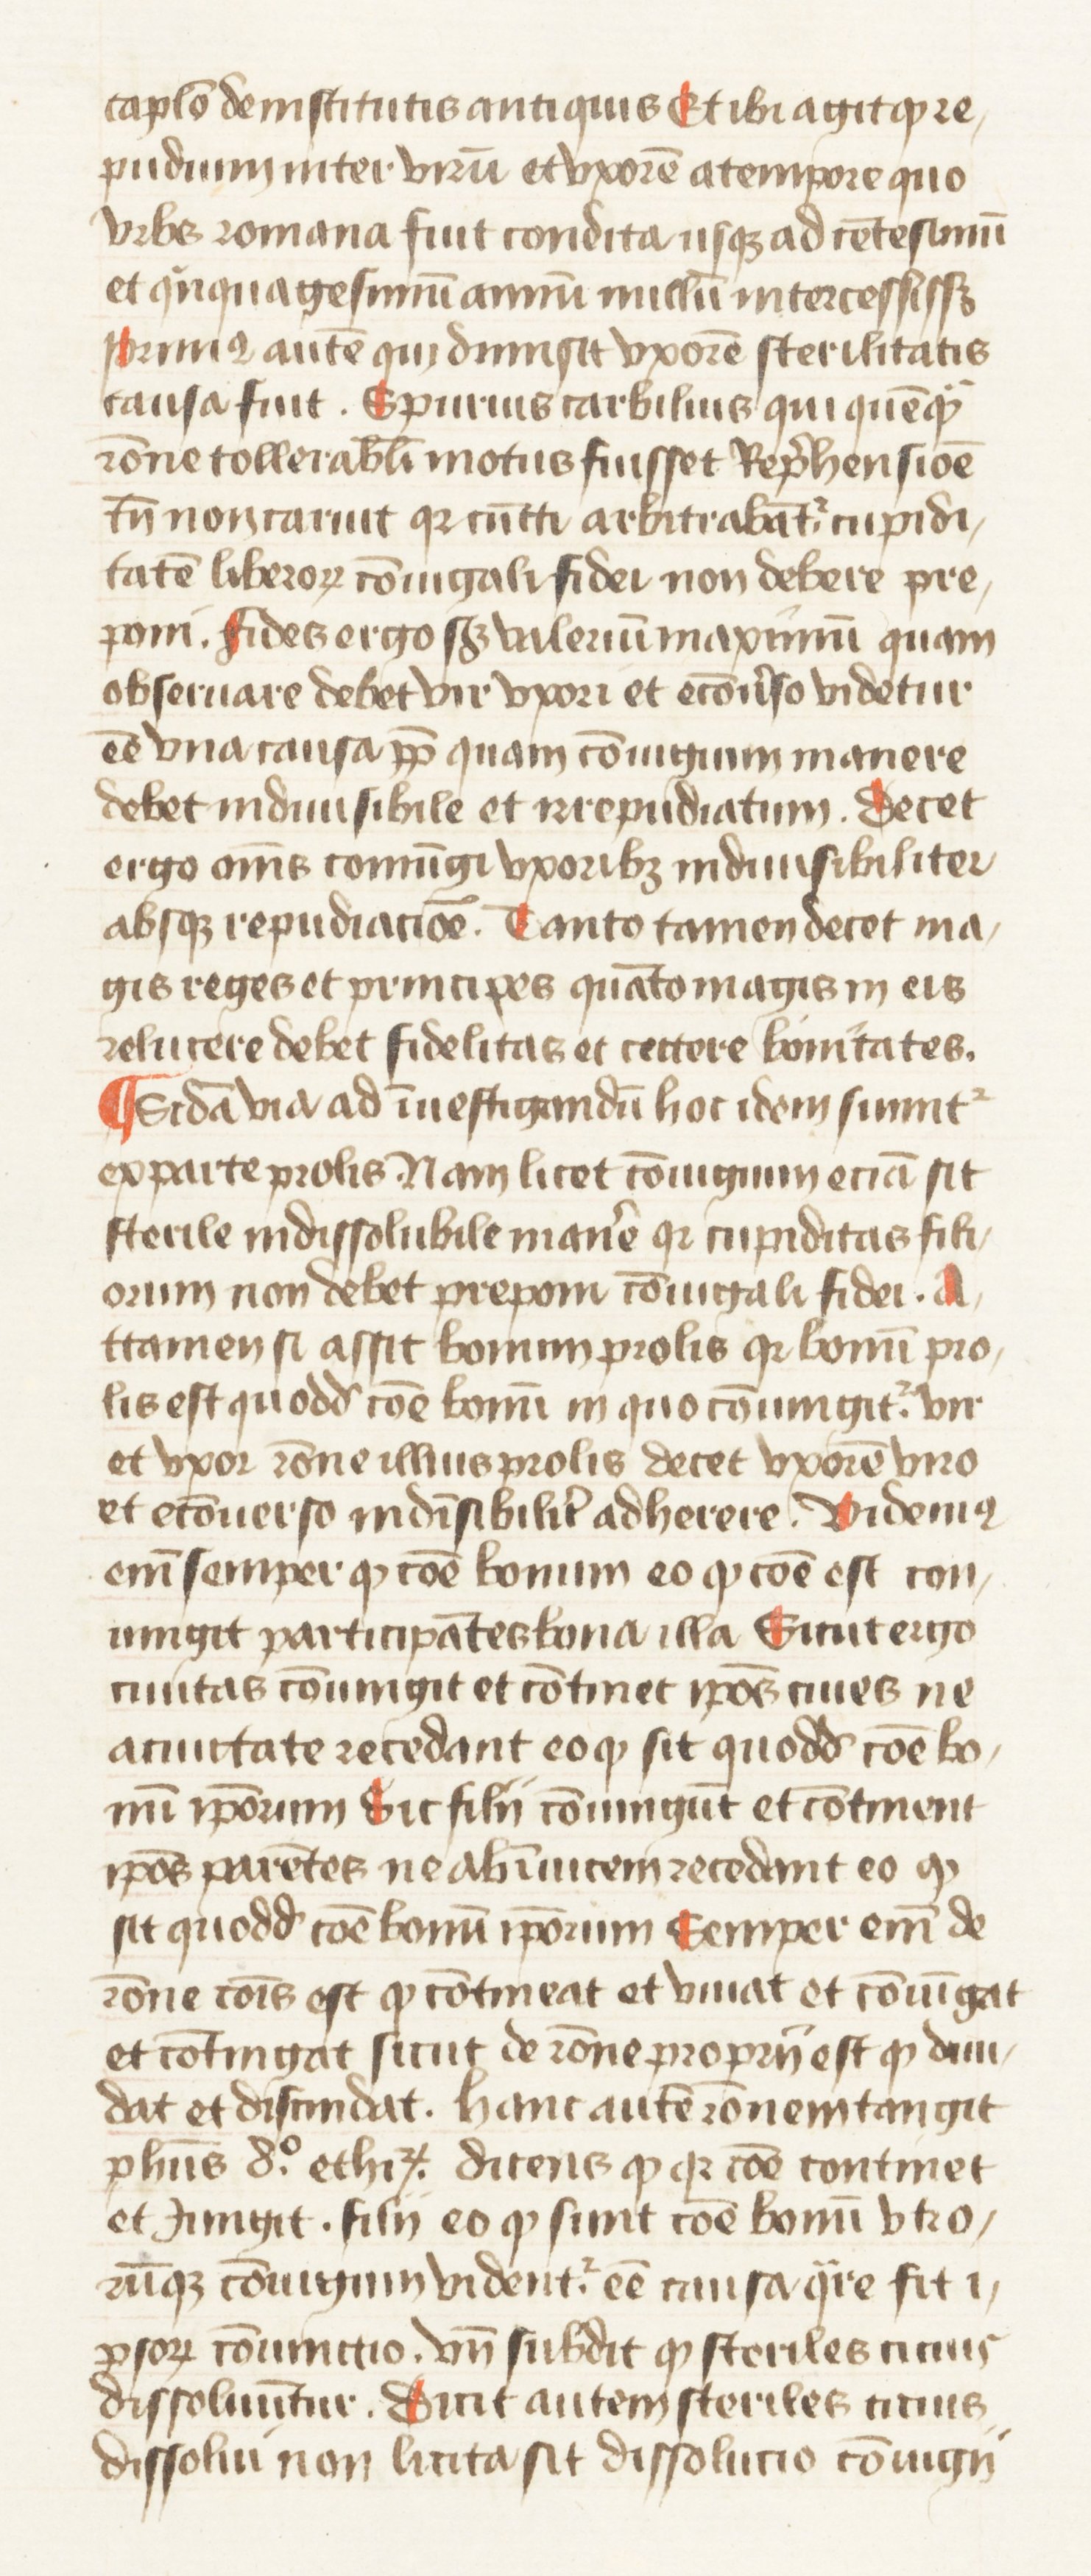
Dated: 1445–1495